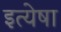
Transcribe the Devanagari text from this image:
इत्येषा